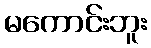
မကောင်းဘူး